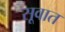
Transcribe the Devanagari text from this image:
सूवात